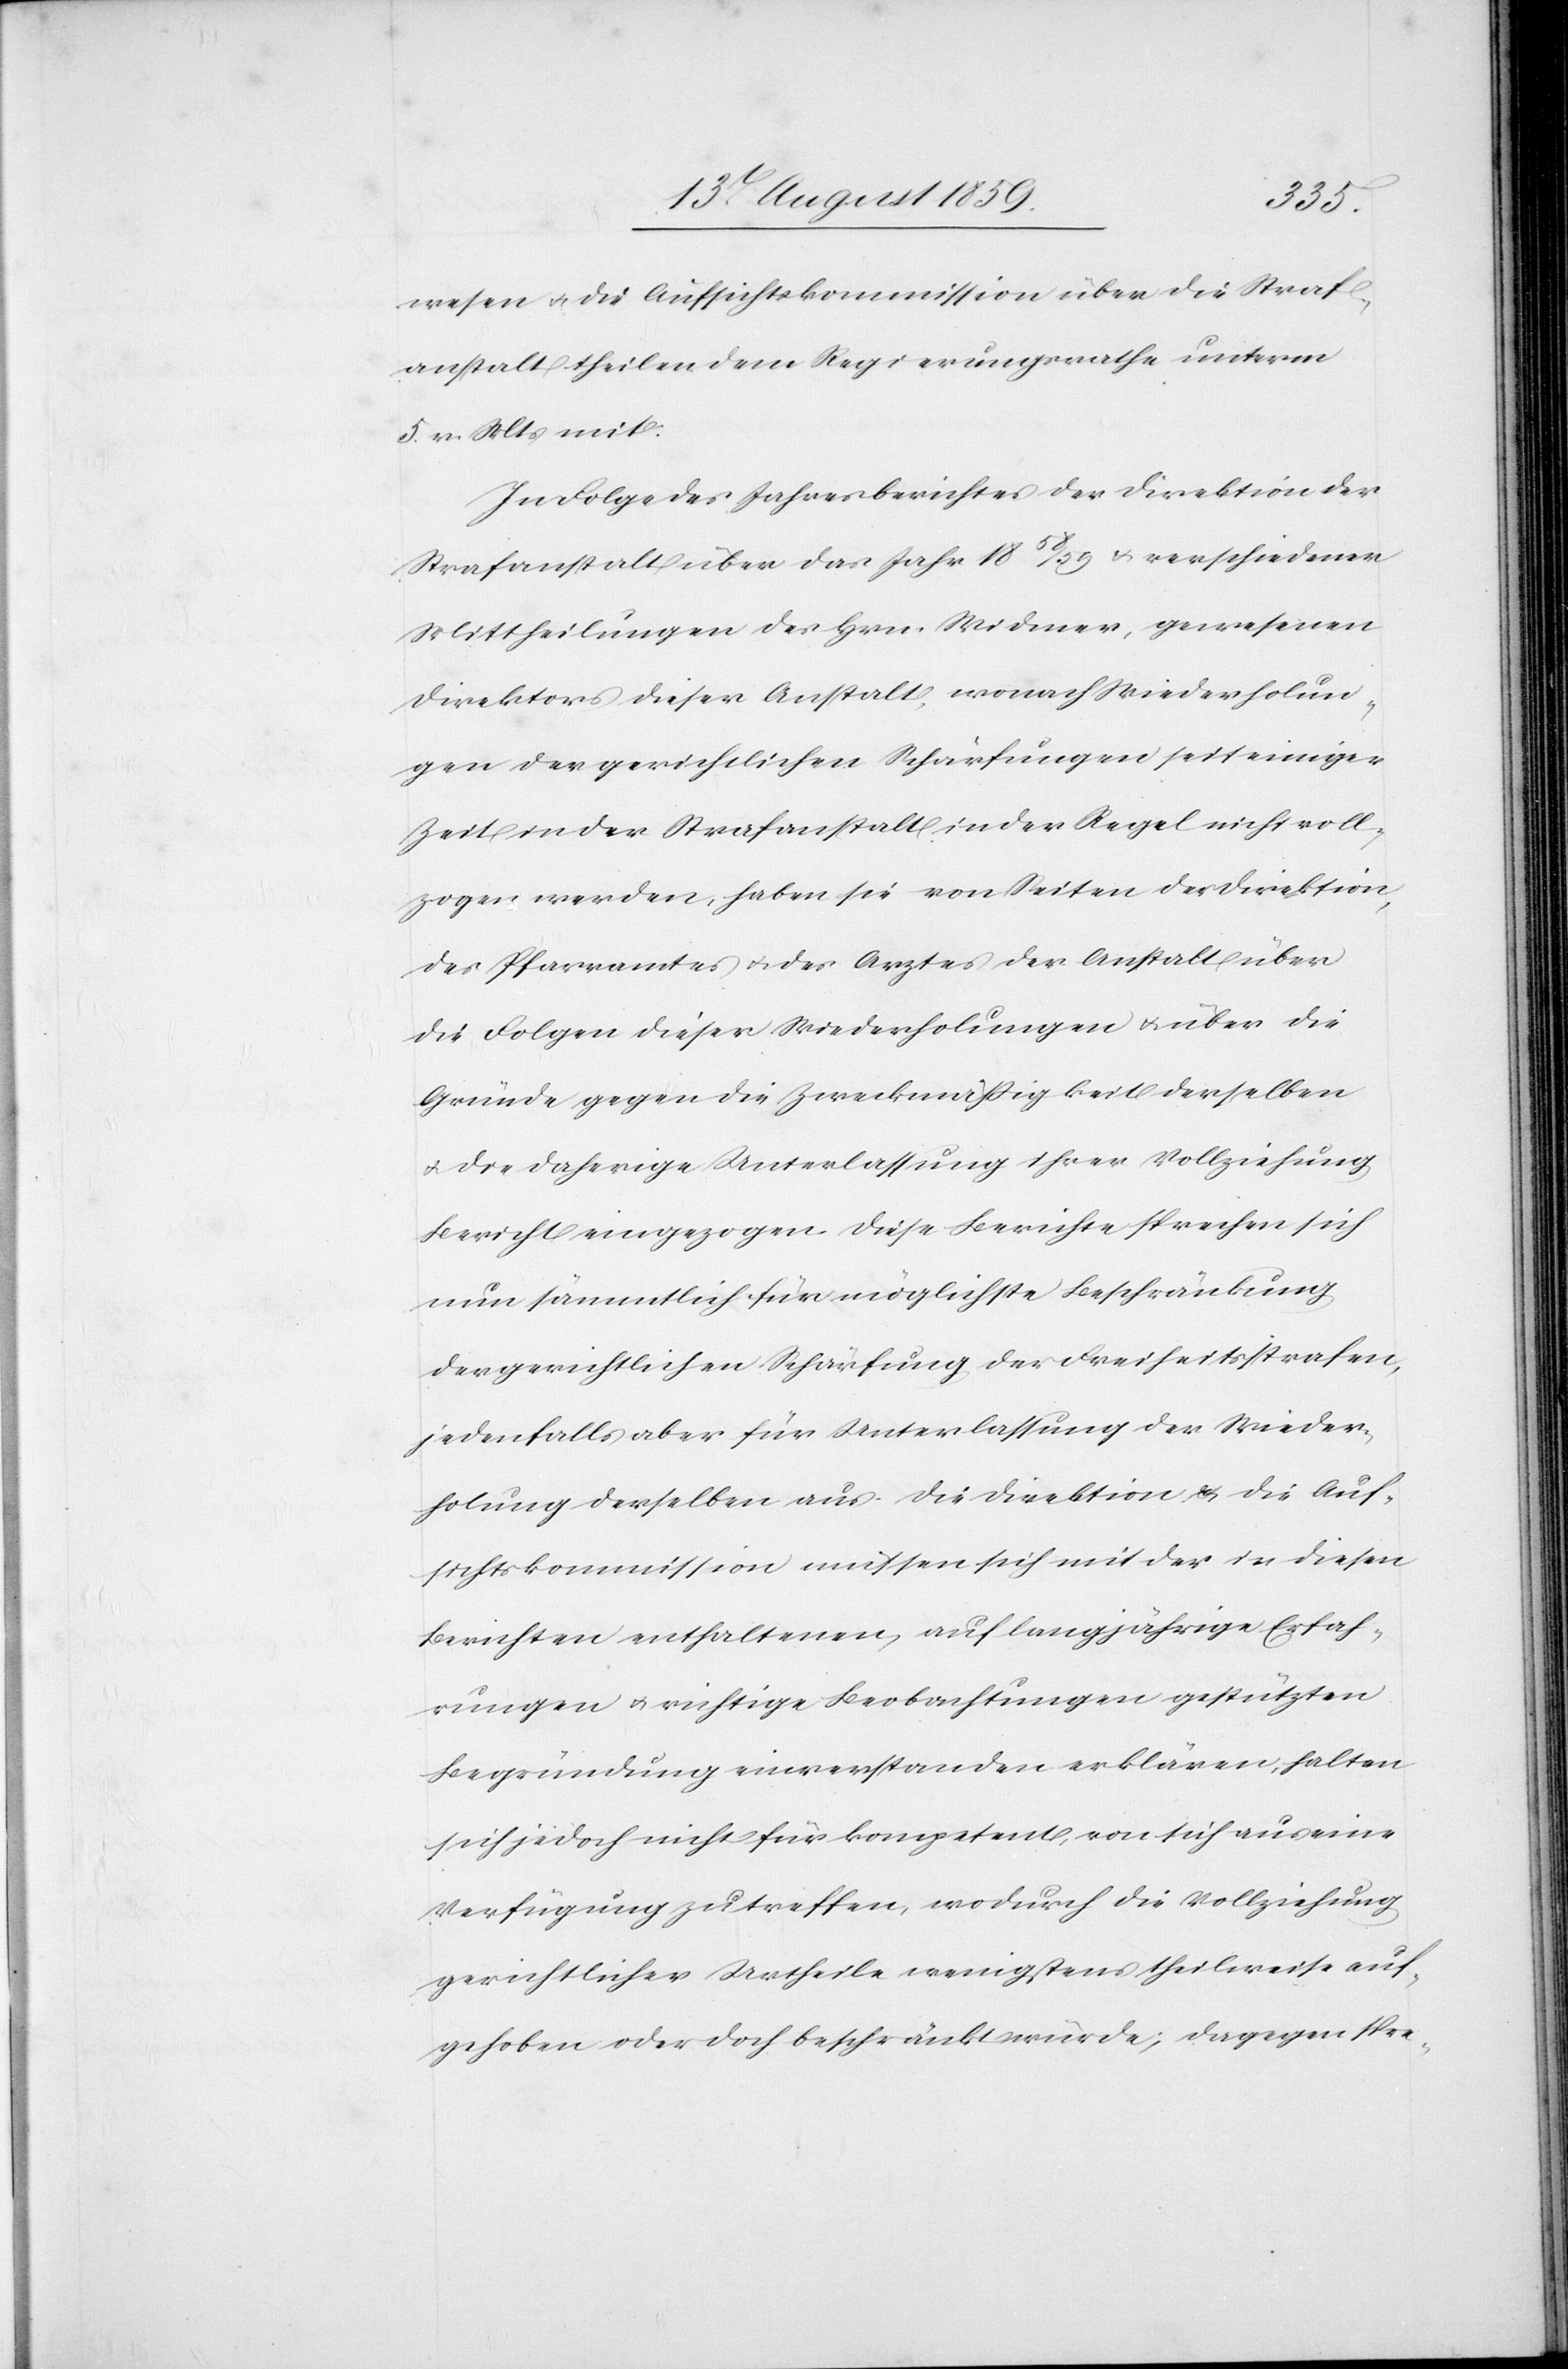
wesen [sic!] u. die Aufsichtskommission über die Straf¬
anstalt theilen dem Regierungsrathe unterm
5. v. Mts. mit.
In Folge des Jahresberichtes der Direktion der
Strafanstalt über das Jahr 1858/59 u. verschiedener
Mittheilungen der Hrn. Widmer, gewesenen
Direktors dieser Anstalt, wonach Wiederholun¬
gen der gerichtlichen Schärfungen seit einiger
Zeit in der Strafanstalt in der Regel nicht voll¬
zogen werden, haben sie von Seiten der Direktion,
des Pfarramtes u. des Arztes der Anstalt über
die Folgen dieser Wiederholungen u. über die
Gründe gegen die Zweckmäßigkeit derselben
u. die daherige Unterlassung ihrer Vollziehung
Bericht eingezogen. Diese Berichte sprechen sich
nun sämmtlich für möglichste Beschränkung
der gerichtlichen Schärfung der Freiheitsstrafen,
jedenfalls aber für Unterlassung der Wieder¬
holung derselben aus. Die Direktion u. die Auf¬
sichtskommission müssen sich mit der in diesen
Berichten enthaltenen, auf langjährige Erfah¬
rungen u. richtige Beobachtungen gestützten
Begründung einverstanden erklären, halten
sich jedoch nicht für kompetent, von sich aus eine
Verfügung zu treffen, wodurch die Vollziehung
gerichtlicher Urtheile wenigstens theilweise auf¬
gehoben oder doch beschränkt würde; dagegen spre-